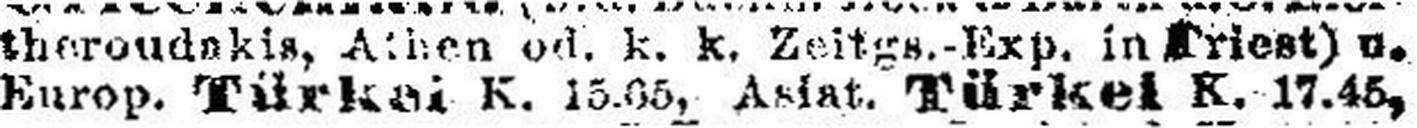
Europ. Türkei K. 15.05, Asiat. Türkei K. 17.45,